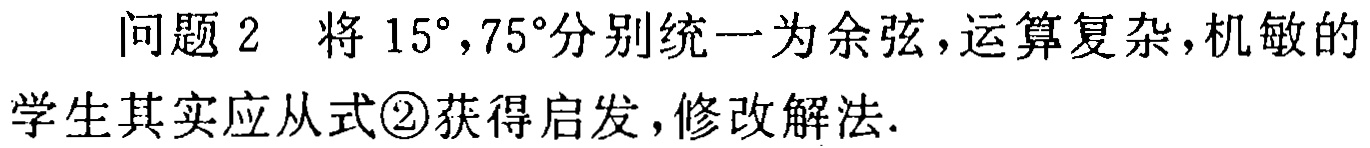
问题 2 将 \(15^{\circ},75^{\circ}\)分别统一为余弦，运算复杂，机敏的学生其实应从式\textcircled{2}获得启发，修改解法.